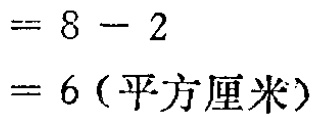
$= 8 - 2\\

= 6 (\text{平方厘米})$